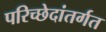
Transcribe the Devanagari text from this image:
परिच्छेदांतर्गत